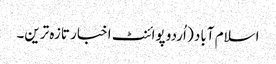
اسلام آباد ( اُردو پوائنٹ اخبار تازہ ترین۔